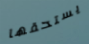
يستحقها